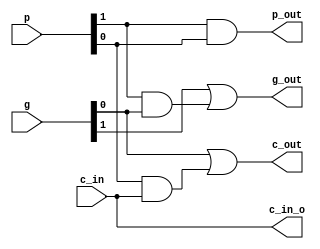
`timescale 1ns / 1ps
//////////////////////////////////////////////////////////////////////////////////
// Company: 
// Engineer: 
// 
// Design Name: 
// Module Name:    g_p 
// Project Name: 
// Target Devices: 
// Tool versions: 
// Description: 
//
// Dependencies: 
//
// Revision: 
// Revision 0.01 - File Created
// Additional Comments: 
//
//////////////////////////////////////////////////////////////////////////////////
module g_p(
    input [1:0] g,
    input [1:0] p,
    input [0:0] c_in,
    output [0:0] c_in_o,
    output [0:0] c_out,
    output [0:0] g_out,
    output [0:0] p_out
    );
	 assign g_out = g[1]|p[1]&g[0];
	 assign p_out = p[1]&p[0];
	 assign c_out = g[0]|p[0]&c_in;
	 assign c_in_o=c_in;

endmodule